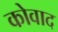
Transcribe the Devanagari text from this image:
कोवाद